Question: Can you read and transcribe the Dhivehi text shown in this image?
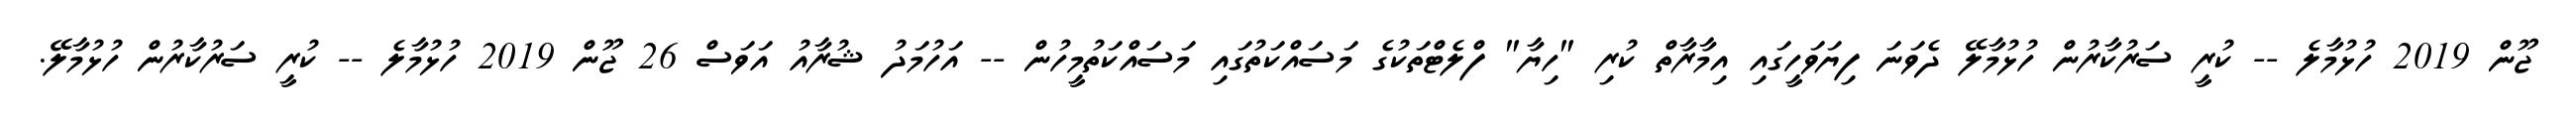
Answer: ޖޫން 2019 ހުޅުމާލެ -- ކުރީ ސަރުކާރުން ހުޅުމާލޭ ދެވަނަ ފިޔަވަހީގައި އިމާރާތް ކުރި "ހިޔާ" ފްލެޓްތަކުގެ މަސައްކަތުގައި މަސައްކަތުމީހުން -- އަހުމަދު ޝުރާއު އަވަސް 26 ޖޫން 2019 ހުޅުމާލެ -- ކުރީ ސަރުކާރުން ހުޅުމާލޭ.